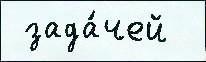
 зада́чей